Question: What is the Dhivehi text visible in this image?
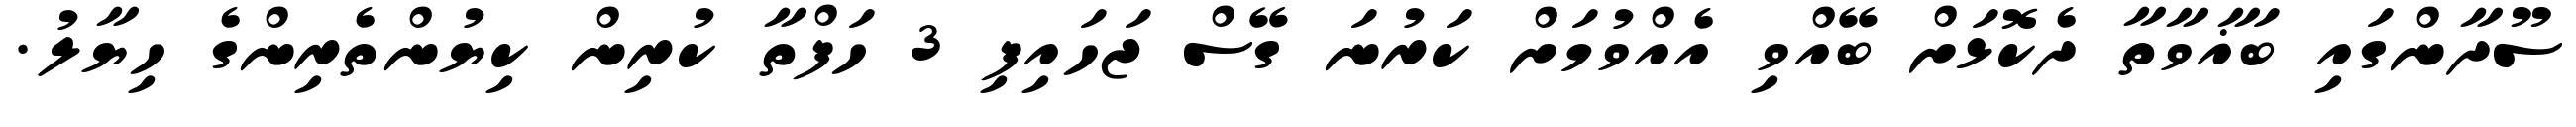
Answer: ސޫދާންގައި ބަޣާވާތާ ދެކޮޅަށް ބޭއްވި އެއްވުމަށް ކަރުނަ ގޭސް ޖަހައިފި 3 ހަފްތާ ކުރިން ކިޔުންތެރިންގެ ހިޔާލު.